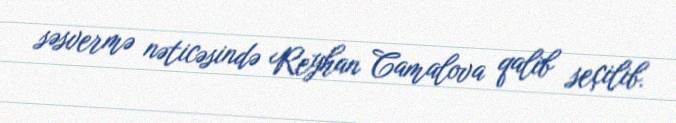
səsvermə nəticəsində Reyhan Camalova qalib seçilib.